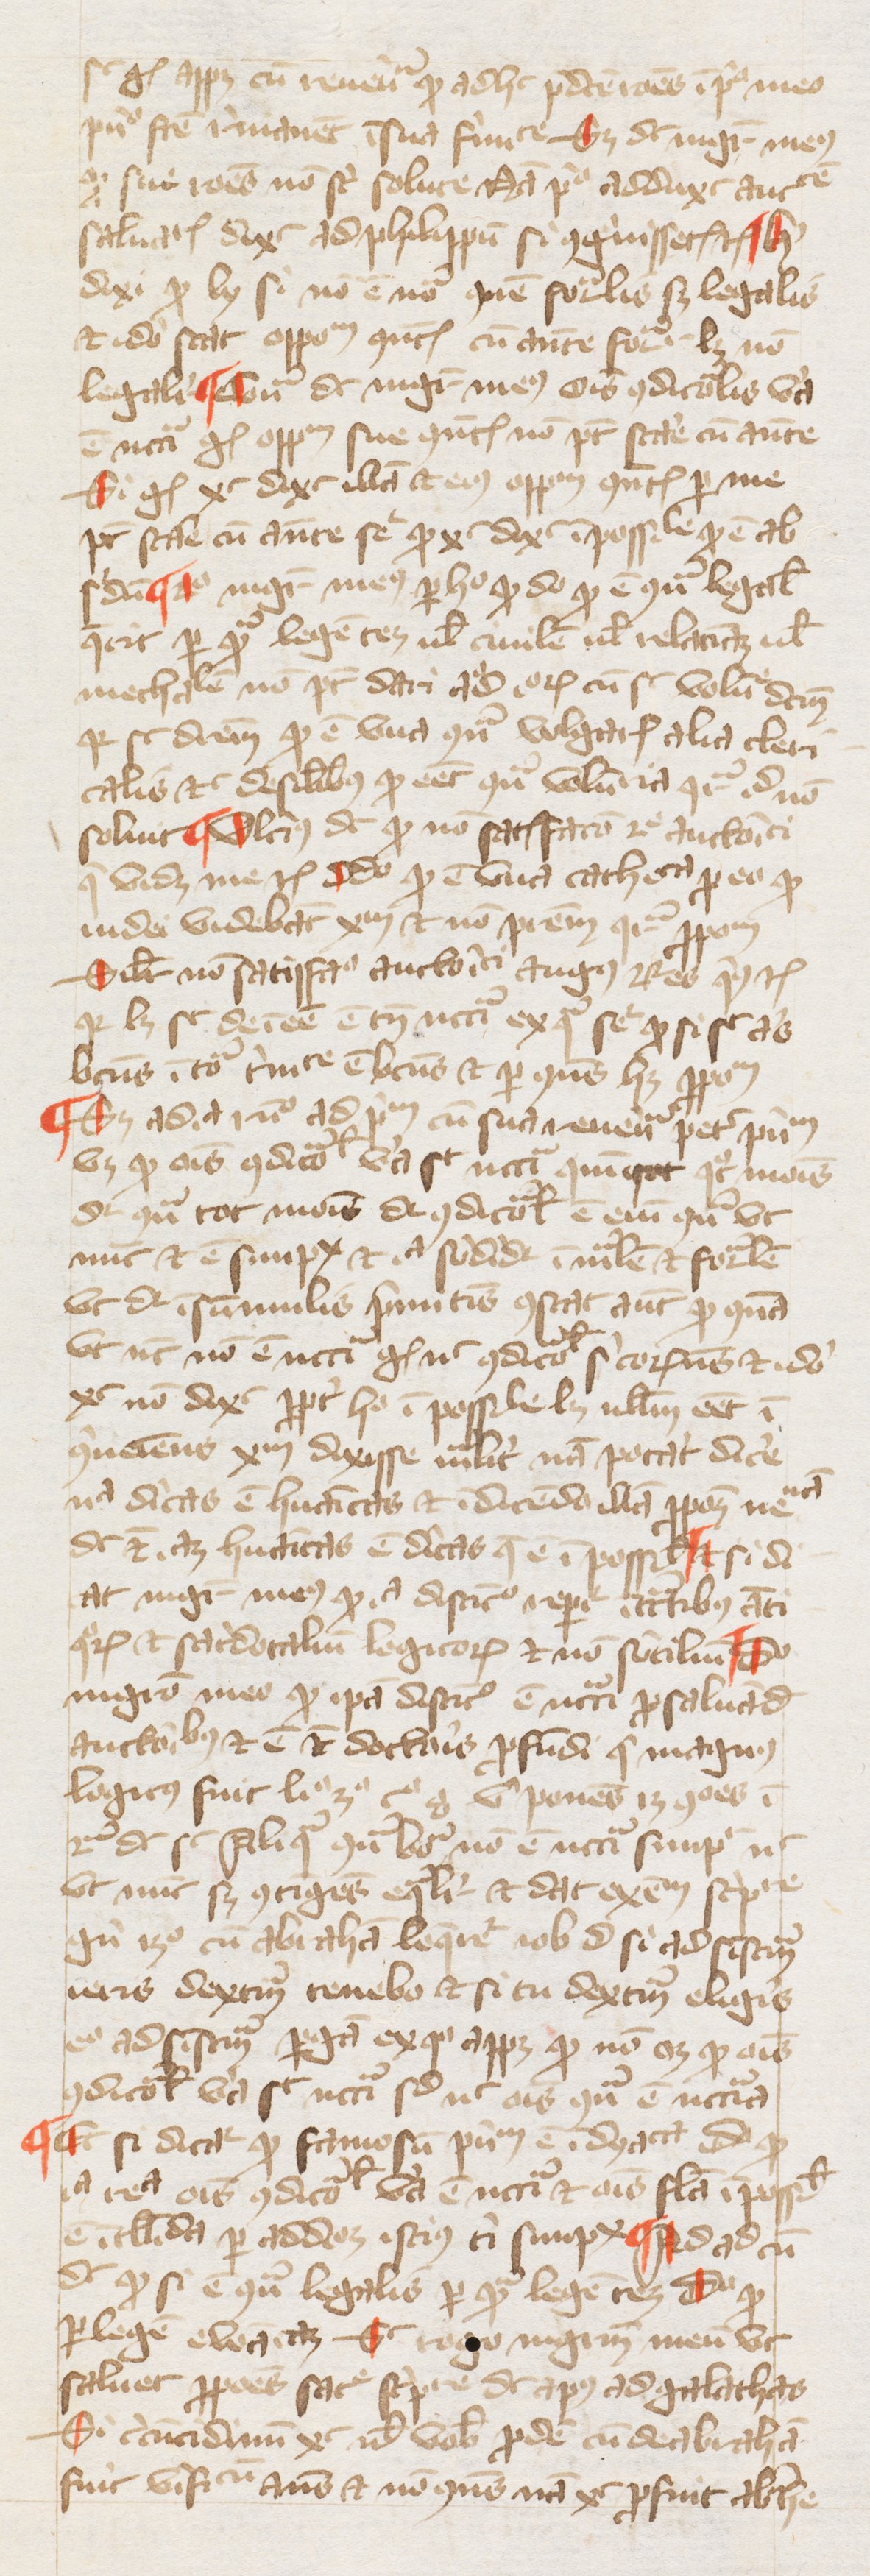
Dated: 1380–1389